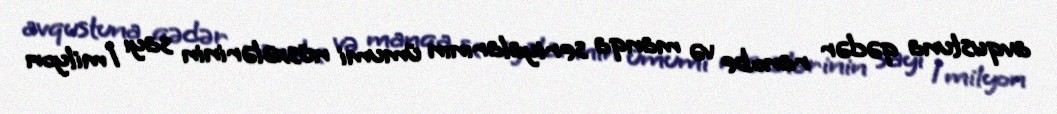
avqustuna qədər ranobe və manqa seriyalarının ümumi nüsxələrinin sayı 1 milyon